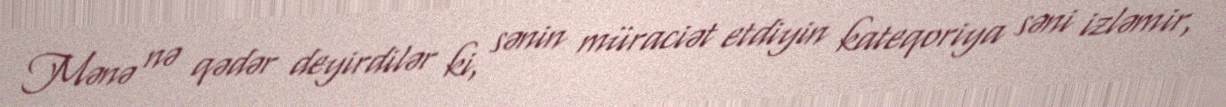
Mənə nə qədər deyirdilər ki, sənin müraciət etdiyin kateqoriya səni izləmir,